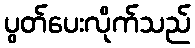
ပွတ်ပေးလိုက်သည်